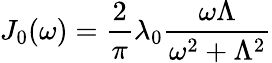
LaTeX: J_{0}(\omega)=\frac{2}{\pi}\lambda_{0}\frac{\omega\Lambda}{\omega^{2}+\Lambda^{2}}